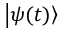
\left| \psi ( t ) \right\rangle